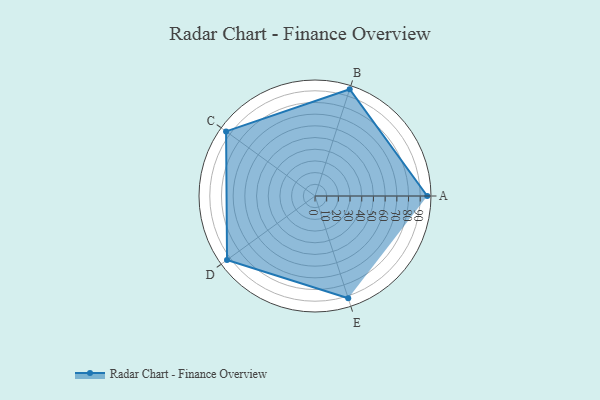
{"axis": {"x": "Skill", "y": "Score"}, "legend": ["Profile"], "data": [{"x": "A", "y": 96.0, "type": "Profile"}, {"x": "B", "y": 96.0, "type": "Profile"}, {"x": "C", "y": 94.0, "type": "Profile"}, {"x": "D", "y": 93.0, "type": "Profile"}, {"x": "E", "y": 92.0, "type": "Profile"}]}